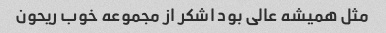
مثل همیشه عالی بود اشکر از مجموعه خوب ریحون